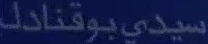
سيدي-بوقنادل